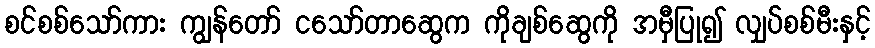
စင်စစ်သော်ကား ကျွန်တော် ငသော်တာဆွေက ကိုချစ်ဆွေကို အမှီပြု၍ လျှပ်စစ်မီးနှင့်